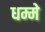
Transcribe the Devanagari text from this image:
धम्मे